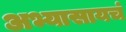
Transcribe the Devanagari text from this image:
अभ्यासायचं